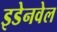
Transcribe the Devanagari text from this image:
इडेनवेल